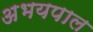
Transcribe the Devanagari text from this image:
अभयपाल